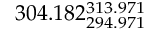
3 0 4 . 1 8 2 _ { 2 9 4 . 9 7 1 } ^ { 3 1 3 . 9 7 1 }